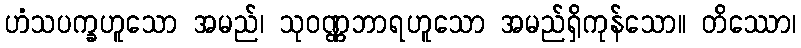
ဟံသပက္ခဟူသော အမည်၊ သုဝဏ္ဏဘာရဟူသော အမည်ရှိကုန်သော။ တိဿော၊